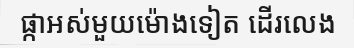
ផ្កាអស់មួយម៉ោងទៀត ដើរលេង